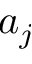
a _ { j }